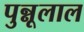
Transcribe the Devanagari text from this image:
पुन्नूलाल